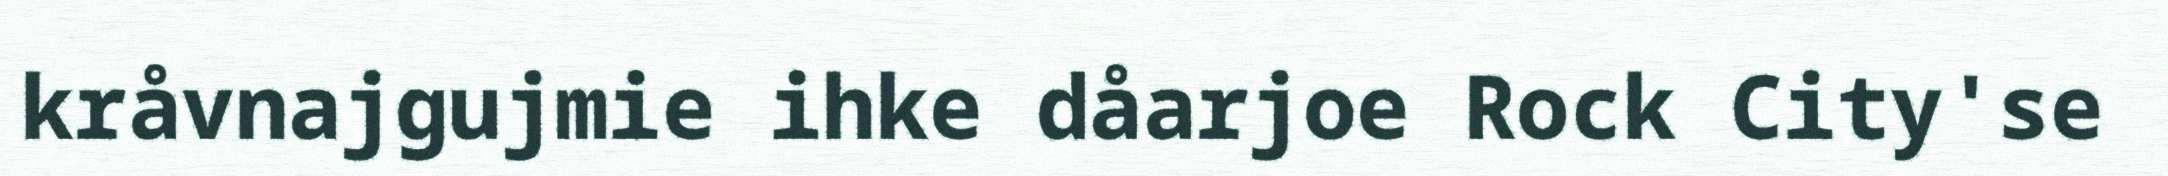
kråvnajgujmie ihke dåarjoe Rock City'se